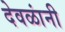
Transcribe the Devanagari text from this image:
देवळांनी